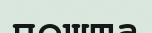
пошта